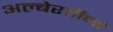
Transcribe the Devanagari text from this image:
अल्बेरतीनो